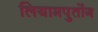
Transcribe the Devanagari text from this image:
लियामपुतोंग